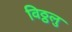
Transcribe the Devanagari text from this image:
विठ्ठलु